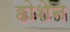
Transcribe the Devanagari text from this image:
होशेन